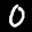
Label: 0